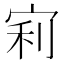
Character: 𡨖